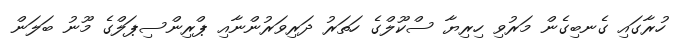
ހުރާގައި ގެނބިގެން މަރުވި ހިރިޔާ ސްކޫލްގެ ހަތަރު ދަރިވަރުންނާއި ޕްރިންސިޕަލްގެ މޫނު ބަލަން